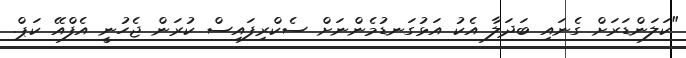
"ކަލަންޑަރަށް ގެނައި ބަދަލާ އެކު އަޅުގަނޑުމެންނަށް ސެކްރިފައިސް ކުރަން ޖެހުނީ އެފްއޭ ކަޕް.